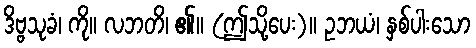
ဒိဗ္ဗသုခံ၊ ကို။ လဘတိ၊ ၏။ (ဤသို့ပေး)။ ဥဘယံ၊ နှစ်ပါးသော